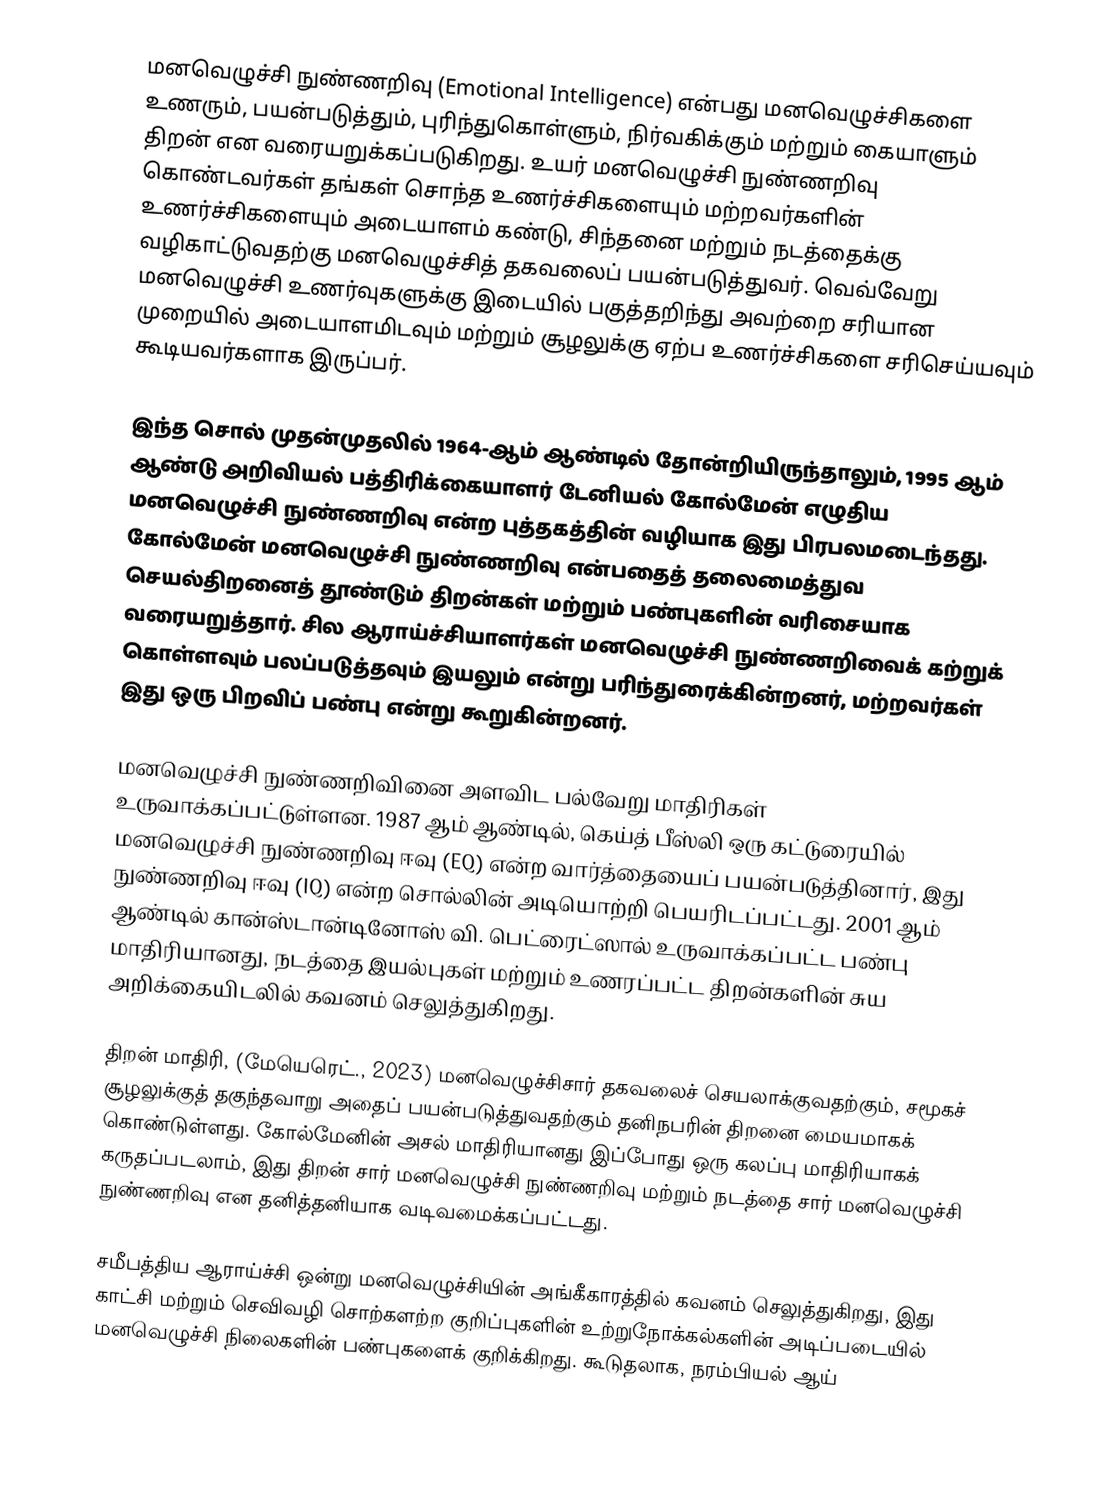
மனவெழுச்சி நுண்ணறிவு (Emotional Intelligence) என்பது மனவெழுச்சிகளை உணரும், பயன்படுத்தும், புரிந்துகொள்ளும், நிர்வகிக்கும் மற்றும் கையாளும் திறன் என வரையறுக்கப்படுகிறது. உயர் மனவெழுச்சி நுண்ணறிவு கொண்டவர்கள் தங்கள் சொந்த உணர்ச்சிகளையும் மற்றவர்களின் உணர்ச்சிகளையும் அடையாளம் கண்டு, சிந்தனை மற்றும் நடத்தைக்கு வழிகாட்டுவதற்கு மனவெழுச்சித் தகவலைப் பயன்படுத்துவர். வெவ்வேறு மனவெழுச்சி உணர்வுகளுக்கு இடையில் பகுத்தறிந்து அவற்றை சரியான முறையில் அடையாளமிடவும் மற்றும் சூழலுக்கு ஏற்ப உணர்ச்சிகளை சரிசெய்யவும் கூடியவர்களாக இருப்பர்.

இந்த சொல் முதன்முதலில் 1964-ஆம் ஆண்டில் தோன்றியிருந்தாலும், 1995 ஆம் ஆண்டு அறிவியல் பத்திரிக்கையாளர் டேனியல் கோல்மேன் எழுதிய மனவெழுச்சி நுண்ணறிவு என்ற புத்தகத்தின் வழியாக இது பிரபலமடைந்தது. கோல்மேன் மனவெழுச்சி நுண்ணறிவு என்பதைத் தலைமைத்துவ செயல்திறனைத் தூண்டும் திறன்கள் மற்றும் பண்புகளின் வரிசையாக வரையறுத்தார். சில ஆராய்ச்சியாளர்கள் மனவெழுச்சி நுண்ணறிவைக் கற்றுக் கொள்ளவும் பலப்படுத்தவும் இயலும் என்று பரிந்துரைக்கின்றனர், மற்றவர்கள் இது ஒரு பிறவிப் பண்பு என்று கூறுகின்றனர்.

மனவெழுச்சி நுண்ணறிவினை அளவிட பல்வேறு மாதிரிகள் உருவாக்கப்பட்டுள்ளன. 1987 ஆம் ஆண்டில், கெய்த் பீஸ்லி ஒரு கட்டுரையில் மனவெழுச்சி நுண்ணறிவு ஈவு (EQ) என்ற வார்த்தையைப் பயன்படுத்தினார், இது நுண்ணறிவு ஈவு (IQ) என்ற சொல்லின் அடியொற்றி பெயரிடப்பட்டது. 2001 ஆம் ஆண்டில் கான்ஸ்டான்டினோஸ் வி. பெட்ரைட்ஸால் உருவாக்கப்பட்ட பண்பு மாதிரியானது, நடத்தை இயல்புகள் மற்றும் உணரப்பட்ட திறன்களின் சுய அறிக்கையிடலில் கவனம் செலுத்துகிறது.

திறன் மாதிரி, (மேயெரெட்., 2023) மனவெழுச்சிசார் தகவலைச் செயலாக்குவதற்கும், சமூகச் சூழலுக்குத் தகுந்தவாறு அதைப் பயன்படுத்துவதற்கும் தனிநபரின் திறனை மையமாகக் கொண்டுள்ளது. கோல்மேனின் அசல் மாதிரியானது இப்போது ஒரு கலப்பு மாதிரியாகக் கருதப்படலாம், இது திறன் சார் மனவெழுச்சி நுண்ணறிவு மற்றும் நடத்தை சார் மனவெழுச்சி நுண்ணறிவு என தனித்தனியாக வடிவமைக்கப்பட்டது.

சமீபத்திய ஆராய்ச்சி ஒன்று மனவெழுச்சியின் அங்கீகாரத்தில் கவனம் செலுத்துகிறது, இது காட்சி மற்றும் செவிவழி சொற்களற்ற குறிப்புகளின் உற்றுநோக்கல்களின் அடிப்படையில் மனவெழுச்சி நிலைகளின் பண்புகளைக் குறிக்கிறது. கூடுதலாக, நரம்பியல் ஆய்